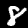
Label: 8